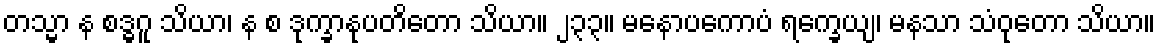
တသ္မာ န စဒ္ဓဂူ သိယာ၊ န စ ဒုက္ခာနုပတိတော သိယာ။ ၂၃၃။ မနောပကောပံ ရက္ခေယျ၊ မနသာ သံဝုတော သိယာ။